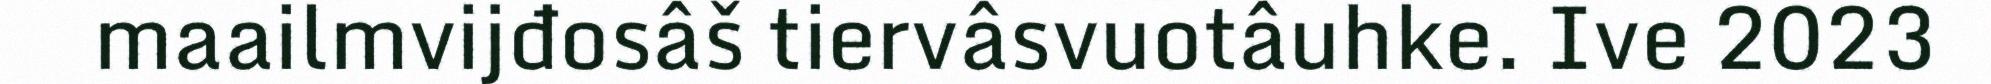
maailmvijđosâš tiervâsvuotâuhke. Ive 2023